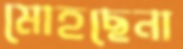
মোহছেনা